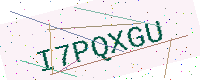
Text: I7PQXGU